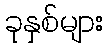
ခုနှစ်များ